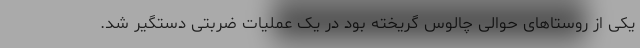
یکی از روستاهای حوالی چالوس گریخته بود در یک عملیات ضربتی دستگیر شد.